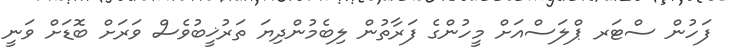
ފަހުން ސްޓަރ ޕްލަސްއަށް މީހުންގެ ފަރާތުން ލިބެމުންދިޔަ ތަރުޚީބުވެސް ވަރަށް ބޮޑަށް ވަނީ